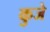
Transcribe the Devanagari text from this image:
कुजे